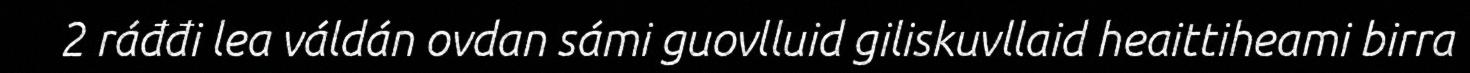
2 ráđđi lea váldán ovdan sámi guovlluid giliskuvllaid heaittiheami birra